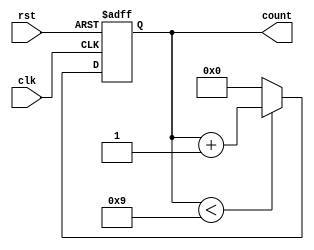
module BCD_Counter (
    input wire clk,        // Clock input
    input wire rst,        // Asynchronous reset
    output reg [3:0] count // 4-bit BCD output
);

// Always block that triggers on the rising edge of the clock or reset
always @(posedge clk or posedge rst) begin
    if (rst) begin
        count <= 4'b0000; // Reset count to 0
    end else begin
        // Increment the counter
        if (count < 4'b1001) begin
            count <= count + 1; // Increment count
        end else begin
            count <= 4'b0000; // Roll over to 0
        end
    end
end

endmodule